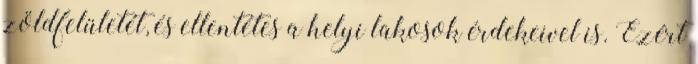
zöldfelületét, és ellentétes a helyi lakosok érdekeivel is. Ezért